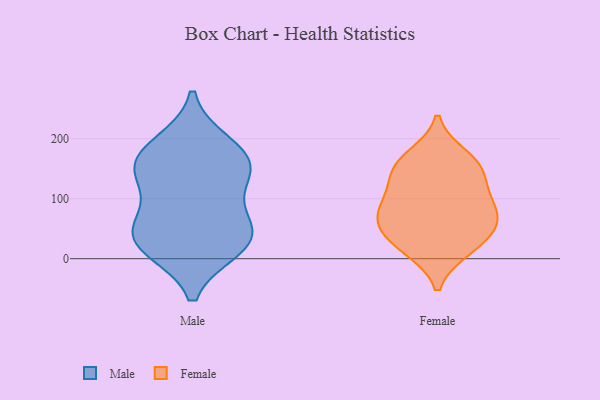
{"axis": {"x": "Shipments", "y": "Value"}, "legend": ["Female", "Male"], "data": [{"x": "", "y": 19, "type": "Male"}, {"x": "", "y": 146, "type": "Male"}, {"x": "", "y": 190, "type": "Male"}, {"x": "", "y": 129, "type": "Male"}, {"x": "", "y": 167, "type": "Male"}, {"x": "", "y": 46, "type": "Male"}, {"x": "", "y": 160, "type": "Male"}, {"x": "", "y": 67, "type": "Male"}, {"x": "", "y": 28, "type": "Male"}, {"x": "", "y": 32, "type": "Male"}, {"x": "", "y": 171, "type": "Female"}, {"x": "", "y": 151, "type": "Female"}, {"x": "", "y": 15, "type": "Female"}, {"x": "", "y": 64, "type": "Female"}, {"x": "", "y": 158, "type": "Female"}, {"x": "", "y": 54, "type": "Female"}, {"x": "", "y": 111, "type": "Female"}, {"x": "", "y": 17, "type": "Female"}, {"x": "", "y": 87, "type": "Female"}, {"x": "", "y": 40, "type": "Female"}, {"x": "", "y": 93, "type": "Female"}, {"x": "", "y": 67, "type": "Female"}, {"x": "", "y": 140, "type": "Female"}]}